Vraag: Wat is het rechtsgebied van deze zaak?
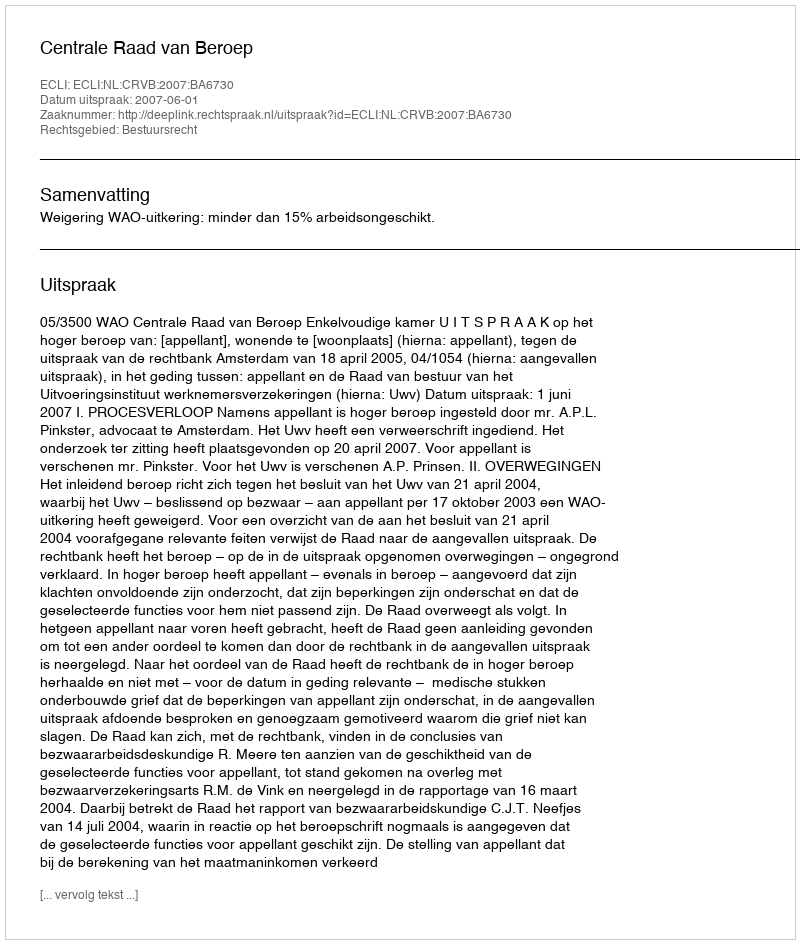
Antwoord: Bestuursrecht